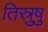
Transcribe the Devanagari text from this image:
तिस्रुषु